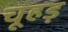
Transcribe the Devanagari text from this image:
चूहड़